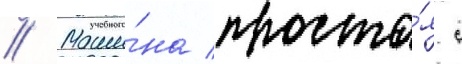
// Маши́на проста́я с